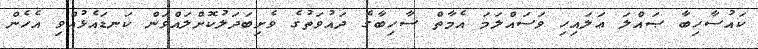
ކައުސާހިބާ ޞައްލަ ޢަލައިހި ވަސައްލަމަ އެމާތް ސާހިބާގެ ދައުވަތުގެ ވެށިބަދަލުކޮށްލައްވަން ކަނޑައެޅުއްވި އެހެން